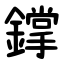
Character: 鐣